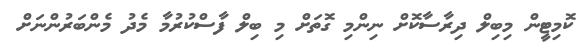
ކޮމިޓީން މިބިލް ދިރާސާކޮށް ނިންމި ގޮތަށް މި ބިލް ފާސްކުރުމާ މެދު މެންބަރުންނަށް